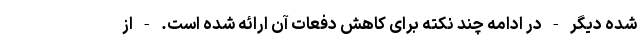
شده دیگر - در ادامه چند نکته برای کاهش دفعات آن ارائه شده است. - از